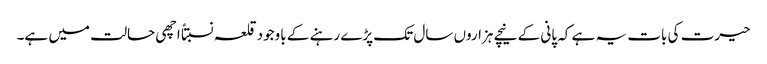
حیرت کی بات یہ ہے کہ پانی کے نیچے ہزاروں سال تک پڑے رہنے کے باوجود قلعہ نسبتاً اچھی حالت میں ہے۔